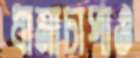
ধামাচাপাও